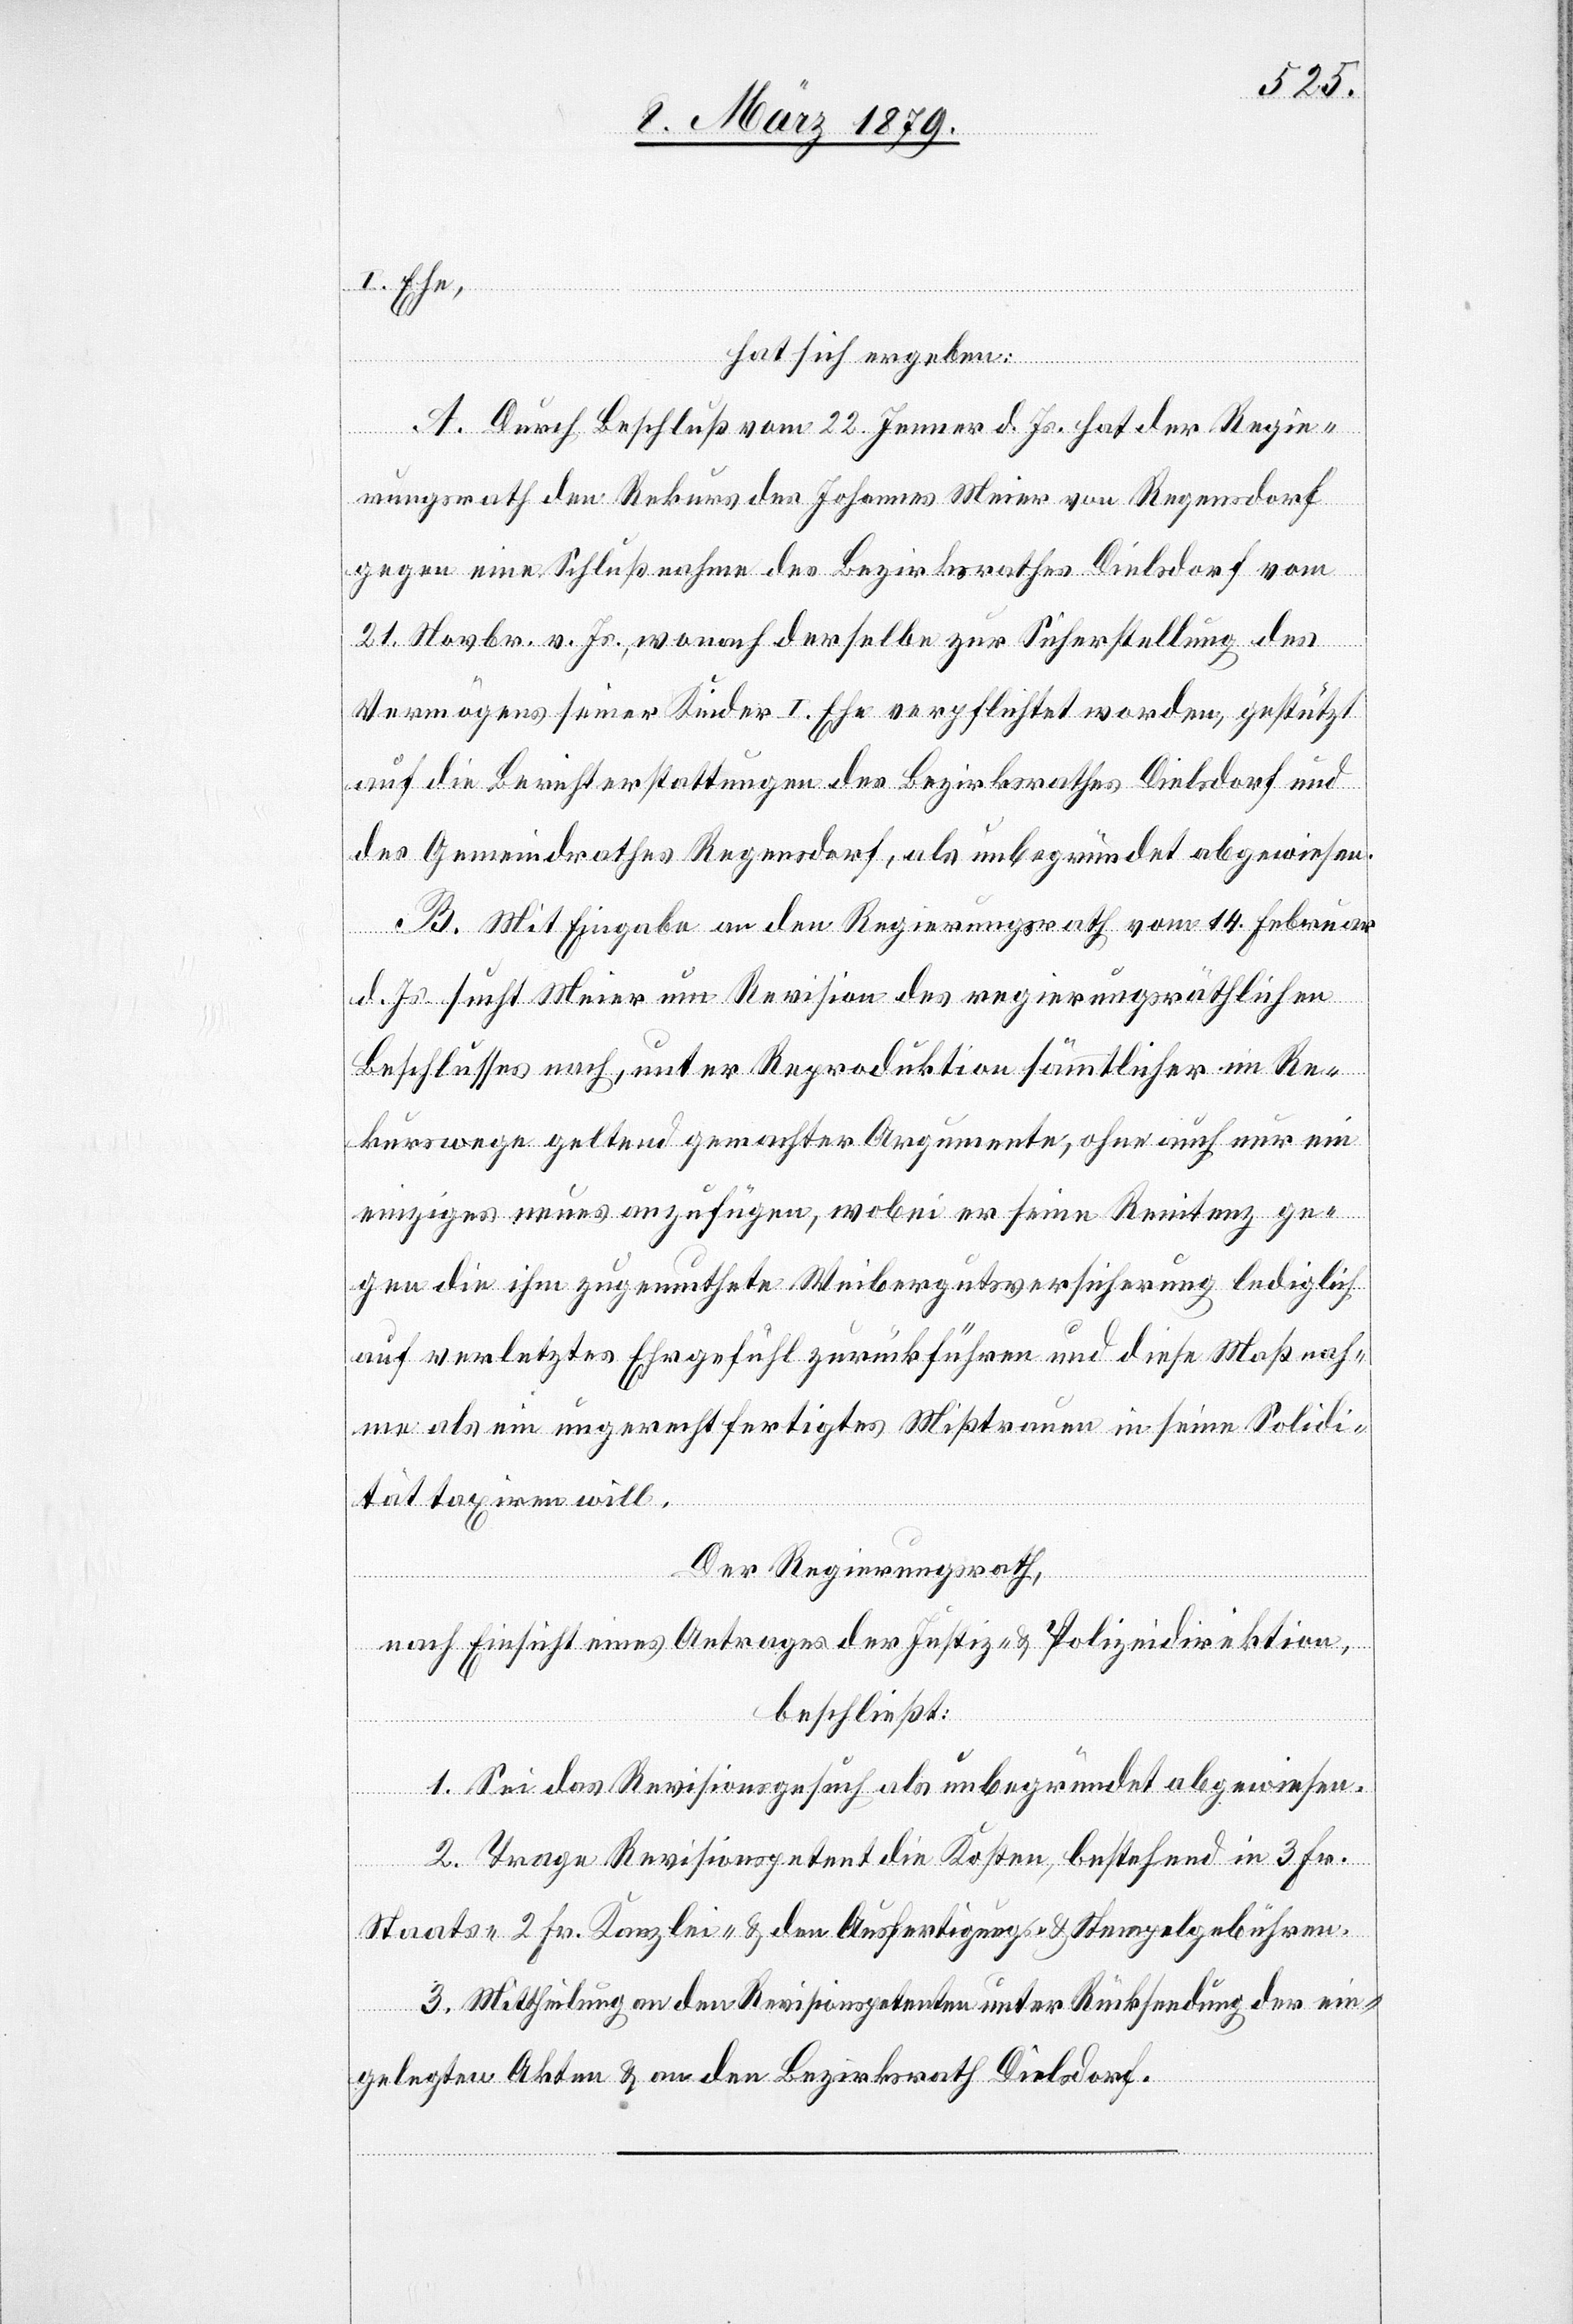
I. Ehe,
hat sich ergeben:
A. Durch Beschluß vom 22. Jenner d. Js. hat der Regie¬
rungsrath den Rekurs des Johannes Meier von Regensdorf
gegen eine Schlußnahme des Bezirksrathes Dielsdorf vom
21. Novbr. v. Js., wonach derselbe zur Sicherstellung des
Vermögens seiner Kinder I. Ehe verpflichtet worden, gestützt
auf die Berichterstattung des Bezirksrathes Dielsdorf und
des Gemeindrathes Regensdorf, als unbegründet abgewiesen.
B. Mit Eingabe an den Regierungsrath vom 14. Februar
d. Js. sucht Meier um Revision des regierungsräthlichen
Beschlusses nach, unter Reproduktion sämmtlicher im Re¬
kurswege geltend gemachter Argumente, ohne auch nur ein
einziges neues anzufügen, wobei er seine Renitenz ge¬
gen die ihm zugemuthete Weibergutsversicherung lediglich
auf verletztes Ehrgefühl zurückführen und diese Maßnah¬
me als ein ungerechtfertigtes Mißtrauen in seine Solidi¬
tät taxiren will.
Der Regierungsrath,
nach Einsicht eines Antrages der Justiz- & Polizeidirektion,
beschließt:
1. Sei das Revisionsgesuch als unbegründet abgewiesen.
2. Trage Revisionspetent die Kosten, bestehend in 3 Fr.
Staats- 2 Fr. Kanzlei- & den Ausfertigungs- & Stempelgebühren.
3. Mittheilung an den Revisionspetenten unter Rücksendung der ein¬
gelegten Akten & an den Bezirksrath Dielsdorf.